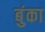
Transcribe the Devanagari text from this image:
बुंका